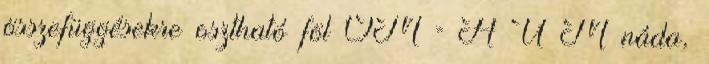
összefüggésekre osztható föl OM = A U M náda,